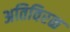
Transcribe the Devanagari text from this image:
अतिविरळ